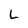
Character: L